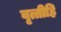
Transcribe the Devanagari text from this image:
वृत्तीहि